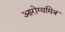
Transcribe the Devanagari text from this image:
आरोग्यमित्र